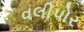
વલીપોર